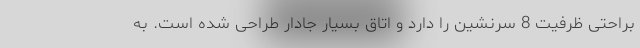
براحتی ظرفیت 8 سرنشین را دارد و اتاق بسیار جادار طراحی شده است. به